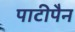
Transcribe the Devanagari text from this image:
पाटीपैन